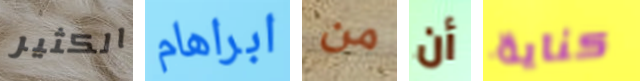
الكثير ابراهام من أن كناية